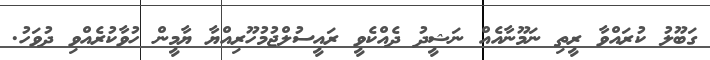
ގަބޫލު ކުރައްވާ ރީތި ނަމޫނާއެއް ނަޝީދު ދެއްކެވީ ރައީސުލްޖުމުހޫރިއްޔާ ޔާމީން ހުވާކުރެއްވި ދުވަހު.